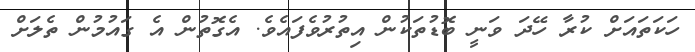
ހަކަތައަށް ކުރާ ހޭދަ ވަނީ ބޮޑުތަކުން އިތުރުވެފައެވެ. އެގޮތުން އެ ގައުމުން ތެލަށް